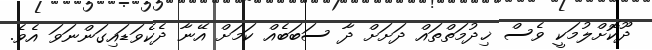
ދޫކޮށްލުމަކީ ވެސް ޚިދުމަތްތައް ދަށަށް ދާ ސަބަބެއް ކަމަށް އޭނާ ދެކެވަޑައިގަންނަވަ އެވެ.